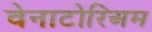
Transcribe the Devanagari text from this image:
वेनाटोरिअम